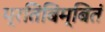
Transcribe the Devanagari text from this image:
प्रतिबिम्बितं